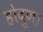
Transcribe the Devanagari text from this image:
होदूण।